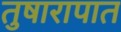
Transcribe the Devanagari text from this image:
तुषारापात